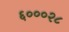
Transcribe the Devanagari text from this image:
६०००२८